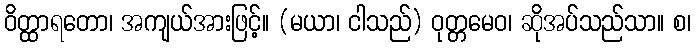
ဝိတ္ထာရတော၊ အကျယ်အားဖြင့်။ (မယာ၊ ငါသည်) ဝုတ္တမေဝ၊ ဆိုအပ်သည်သာ။ စ၊